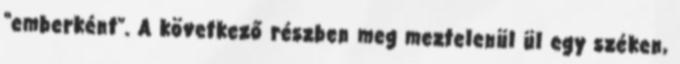
“emberként”. A következő részben meg meztelenül ül egy széken,